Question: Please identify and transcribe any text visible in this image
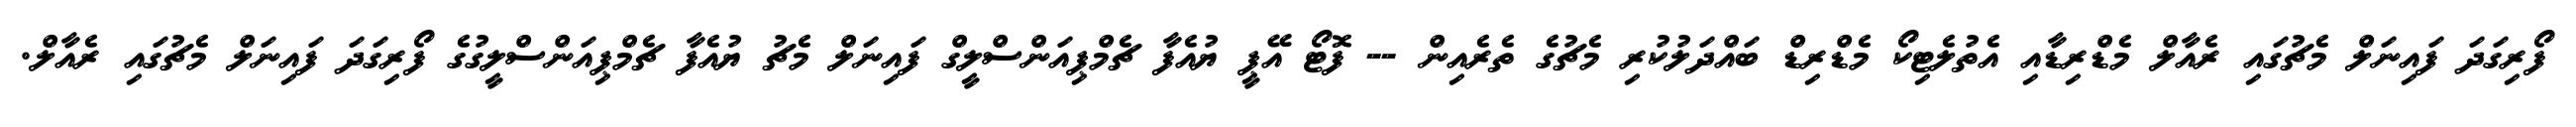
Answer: ފޯރިގަދަ ފައިނަލް މެޗުގައި ރެއާލް މެޑްރިޑާއި އެތުލެޓިކޯ މެޑްރިޑް ބައްދަލުކުރި މެޗުގެ ތެރެއިން -- ފޮޓޯ އޭޕީ ޔުއެފާ ޗެމްޕިއަންސްލީގް ފައިނަލް މެޗު ޔުއެފާ ޗެމްޕިއަންސްލީގުގެ ފޯރިގަދަ ފައިނަލް މެޗުގައި ރެއާލް.